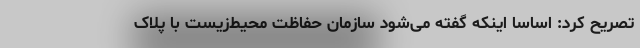
تصریح کرد: اساساً اینکه گفته می‌شود سازمان حفاظت محیط‌زیست با پلاک